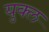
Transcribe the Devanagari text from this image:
युक्ल